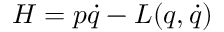
H = p \dot { q } - L ( q , \dot { q } )